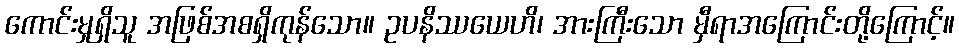
ကောင်းမှုရှိသူ အဖြစ်အစရှိကုန်သော။ ဥပနိဿယေဟိ၊ အားကြီးသော မှီရာအကြောင်းတို့ကြောင့်။